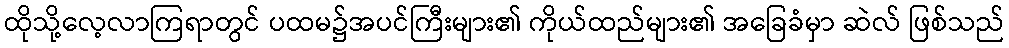
ထိုသို့လေ့လာကြရာတွင် ပထမ၌အပင်ကြီးများ၏ ကိုယ်ထည်များ၏ အခြေခံမှာ ဆဲလ် ဖြစ်သည်